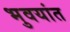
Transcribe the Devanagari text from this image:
भुवयांत